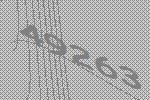
49263